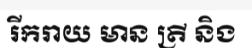
រីករាយ មាន ត្រី និង